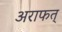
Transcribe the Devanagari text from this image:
अराफत्